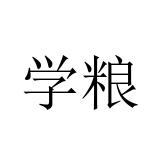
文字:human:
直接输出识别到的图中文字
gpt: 学粮